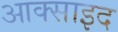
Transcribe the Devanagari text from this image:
आक्साइद